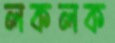
লকলক